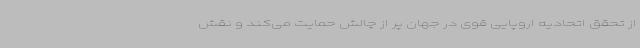
از تحقق اتحادیه اروپایی قوی در جهان پر از چالش حمایت می‌کند و نقش